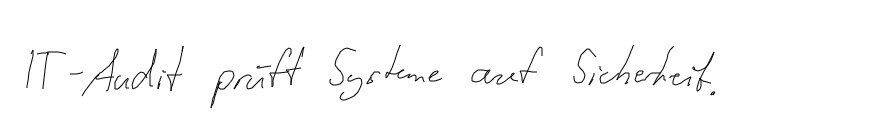
IT-Audit prüft Systeme auf Sicherheit.